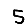
Digit: 5